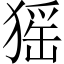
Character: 猺